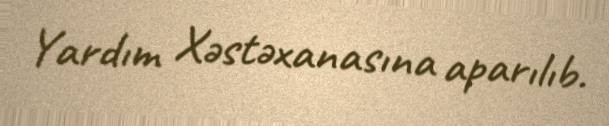
Yardım Xəstəxanasına aparılıb.